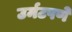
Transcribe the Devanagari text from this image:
उर्मटपणे